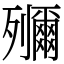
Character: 鿞